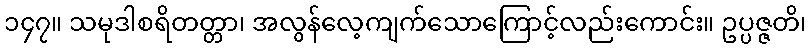
၁၄၇။ သမုဒါစရိတတ္တာ၊ အလွန်လေ့ကျက်သောကြောင့်လည်းကောင်း။ ဥပ္ပဇ္ဇတိ၊